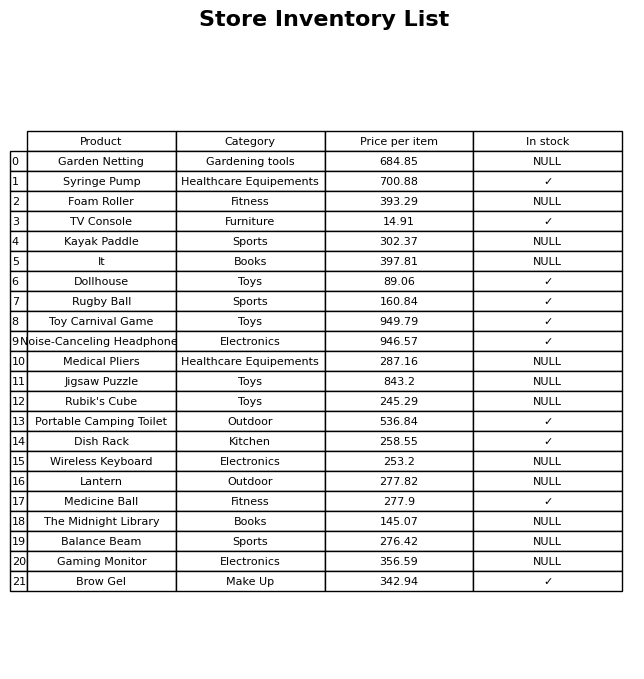
question: What is the price of the Syringe Pump?
answer: The price of Syringe Pump is 700.88.